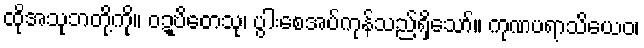
ထိုအသုဘတို့ကို။ ဝဍ္ဎိတေသု၊ ပွါးစေအပ်ကုန်သည်ရှိသော်။ ကုဏပရာသိယေဝ၊